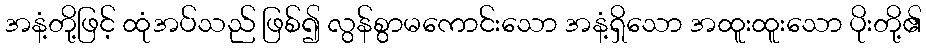
အနံ့တို့ဖြင့် ထုံအပ်သည် ဖြစ်၍ လွန်စွာမကောင်းသော အနံ့ရှိသော အထူးထူးသော ပိုးတို့၏